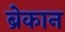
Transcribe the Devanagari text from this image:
ब्रेकान